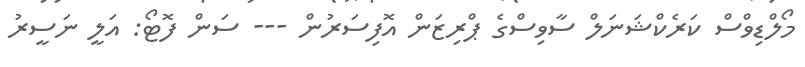
މޯލްޑިވްސް ކަރެކްޝަނަލް ސާވިސްގެ ޕްރިޒަން އޮފިސަރުން --- ސަން ފޮޓޯ: އަލީ ނަސީރު